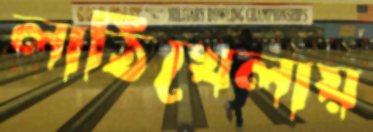
লাঠিখেলায়